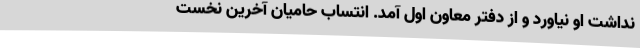
نداشت او نیاورد و از دفتر معاون اول آمد. انتساب حامیان آخرین نخست